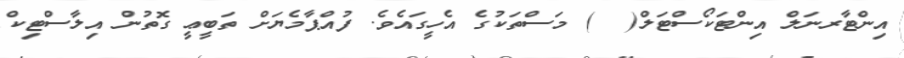
އިންޓާރނަލް އިންޓަކޯސްޓަލް(  ) މަސްތަކުގެ އެހީގައެވެ. ފުއްޕާމެޔަށް ތަބީޢީ ގޮތުން އިލާސްޓިކް